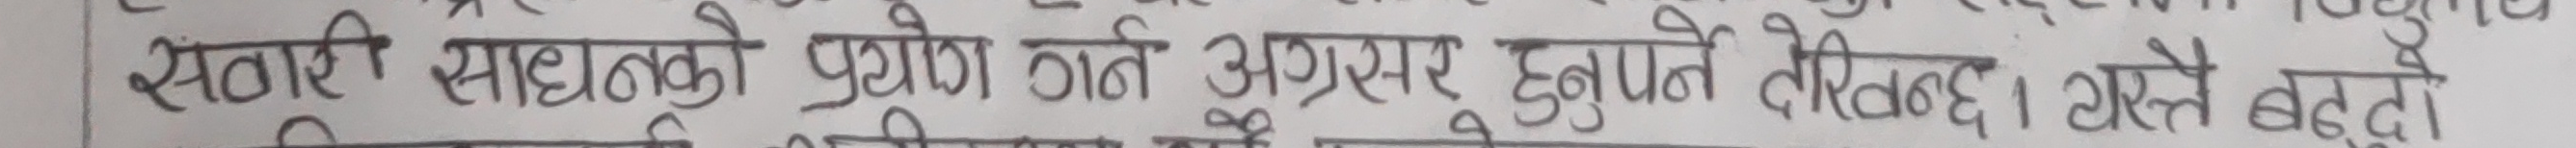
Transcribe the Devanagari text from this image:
सवारी साधनको प्रयोग गर्ने अग्रसर हुनुपर्ने देखिन्छ। यस्ले बढ्दो